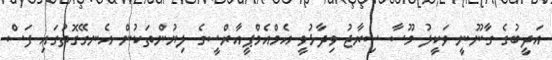
އަދީބުގެ ގާނޫނީ ވަކީލު މޫސާ ސިރާޖު ވިދާޅުވީ އެމްއެމްޕީއާރްސީގެ ލިޔުންތަކުން އެނގޭގޮތުގައި ފަސް